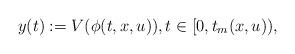
LaTeX: \begin{align*}y(t):=V(\phi(t,x,u)),t\in[0,t_m(x,u)),\end{align*}